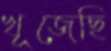
খূজেছি